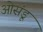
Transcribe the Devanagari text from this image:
ओसंडू